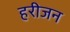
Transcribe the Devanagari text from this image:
हरीजन